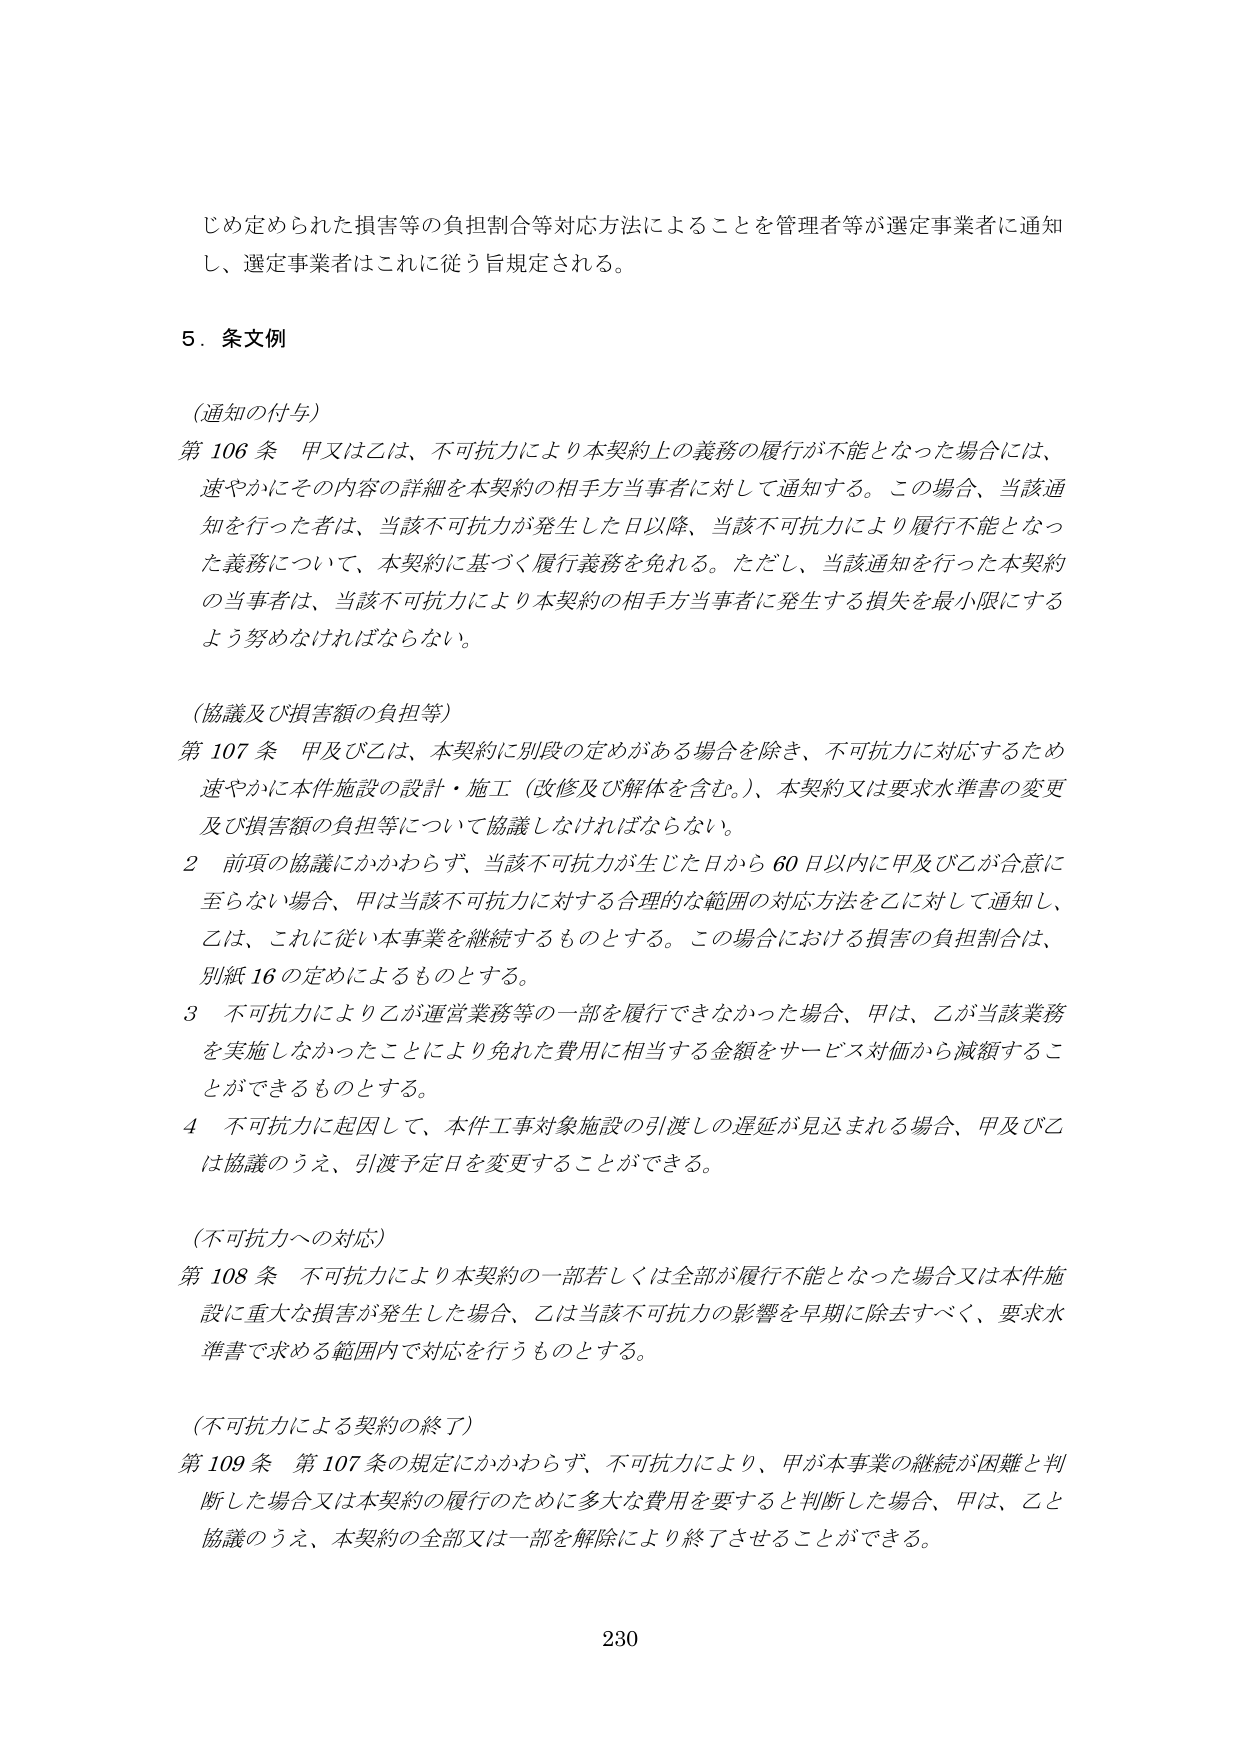
じめ定められた損害等の負担割合等対応方法によることを管理者等が選定事業者に通知し、選定事業者はこれに従う旨規定される。

5．条文例

（通知の付与）

第106条 甲又は乙は、不可抗力により本契約上の義務の履行が不能となった場合には、速やかにその内容の詳細を本契約の相手方当事者に対して通知する。この場合、当該通知を行った者は、当該不可抗力が発生した日以降、当該不可抗力により履行不能となった義務について、本契約に基づく履行義務を免れる。ただし、当該通知を行った本契約の当事者は、当該不可抗力により本契約の相手方当事者に発生する損失を最小限にするよう努めなければならない。

（協議及び損害額の負担等）

第107条 甲及び乙は、本契約に別段の定めがある場合を除き、不可抗力に対応するため速やかに本件施設の設計・施工（改修及び解体を含む。）、本契約又は要求水準書の変更及び損害額の負担等について協議しなければならない。

2 前項の協議にかかわらず、当該不可抗力が生じた日から60日以内に甲及び乙が合意に至らない場合、甲は当該不可抗力に対する合理的な範囲の対応方法を乙に対して通知し、乙は、これに従い本事業を継続するものとする。この場合における損害の負担割合は、別紙16の定めによるものとする。

3 不可抗力により乙が運営業務等の一部を履行できなかった場合、甲は、乙が当該業務を実施しなかったことにより免れた費用に相当する金額をサービス対価から減額することができるものとする。

4 不可抗力に起因して、本件工事対象施設の引渡しの遅延が見込まれる場合、甲及び乙は協議のうえ、引渡予定日を変更することができる。

（不可抗力への対応）

第108条 不可抗力により本契約の一部若しくは全部が履行不能となった場合又は本件施設に重大な損害が発生した場合、乙は当該不可抗力の影響を早期に除去すべく、要求水準書で求める範囲内で対応を行うものとする。

（不可抗力による契約の終了）

第109条 第107条の規定にかかわらず、不可抗力により、甲が本事業の継続が困難と判断した場合又は本契約の履行のために多大な費用を要すると判断した場合、甲は、乙と協議のうえ、本契約の全部又は一部を解除により終了させることができる。

230